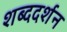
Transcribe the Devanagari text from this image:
शब्ददर्शन